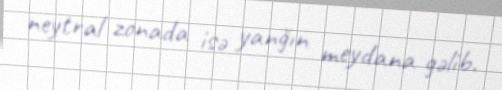
neytral zonada isə yanğın meydana gəlib.